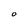
Character: O